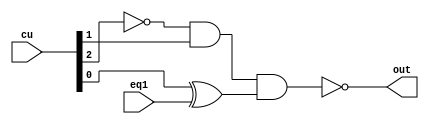
`timescale 1ns / 1ps
//////////////////////////////////////////////////////////////////////////////////
// Company: 
// Engineer: 
// 
// Design Name: 
// Module Name:    control_unit_2 
// Project Name: 
// Target Devices: 
// Tool versions: 
// Description: 
//
// Dependencies: 
//
// Revision: 
// Revision 0.01 - File Created
// Additional Comments: 
//
//////////////////////////////////////////////////////////////////////////////////

module control_unit_2(
    input[2:0] cu,
    input eq1,
    output out
    );
	 
wire s1;	 
	 
 
 assign s1=(~(cu[2]))&cu[1]&(cu[0]^eq1); /// cu3 cu2 cu1 of control unit 1
 
 //not n4(out,s1);
 assign out=~(s1);
 
endmodule